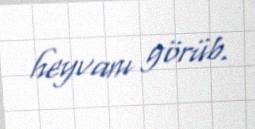
heyvanı görüb.